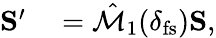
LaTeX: \begin{array}{rl}{{\mathbf S}^{\prime}}&{{}=\hat{\mathcal{M}}_{1}(\delta_{\mathrm{fs}}){\mathbf S},}\end{array}